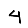
Digit: 4